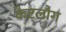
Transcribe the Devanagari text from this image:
कैट्लौग